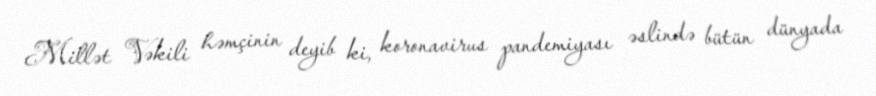
Millət Vəkili həmçinin deyib ki, koronavirus pandemiyası əslində bütün dünyada